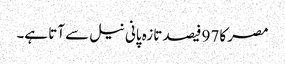
مصر کا 97 فیصد تازہ پانی نیل سے آتا ہے۔